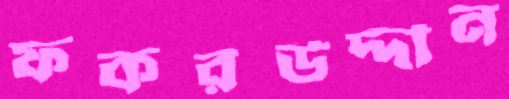
ফকরউদ্দীন